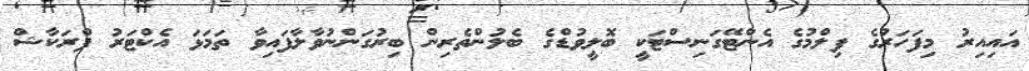
އައިއިރު މިފަހަރުގެ ފިލްމުގެ އެންޓޭގަނިސްޓަކީ ބޮލީވުޑްގެ ބެލުންތެރިން ބިރުގަންނުވާލާފައިވާ ތަމަޅަ އެކްޓަރު ޕްރަކާޝް